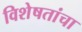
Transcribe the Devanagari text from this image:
विशेषतांचा